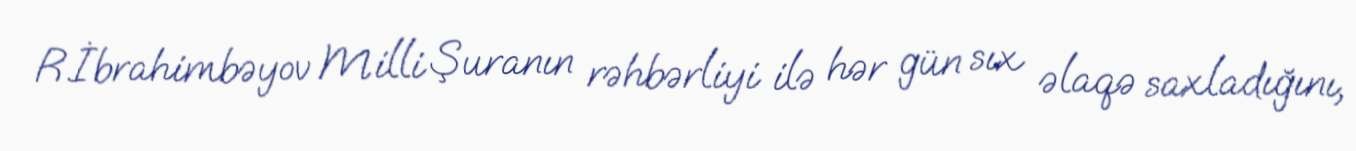
R.İbrahimbəyov Milli Şuranın rəhbərliyi ilə hər gün sıx əlaqə saxladığını,